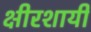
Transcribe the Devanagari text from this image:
क्षीरशायी